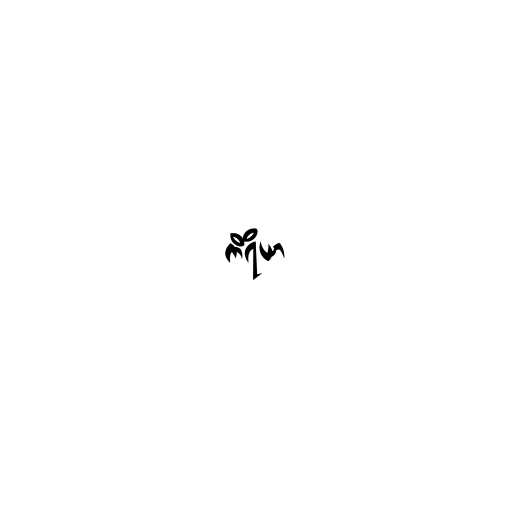
ကိရိယာ